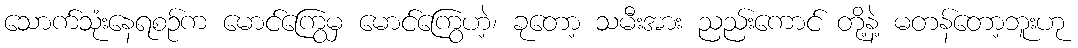
သောက်သုံးနေရစဉ်က မောင်ကြွေမှ မောင်ကြွေဟဲ့၊ ခုတော့ သမီးအား ညည်းကောင် တို့နဲ့ မတန်တော့ဘူးဟု